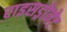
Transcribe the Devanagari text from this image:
राइसड्रोनेट